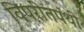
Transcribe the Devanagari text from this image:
विपरीतपंथी